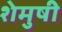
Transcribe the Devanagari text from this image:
शेमुषी